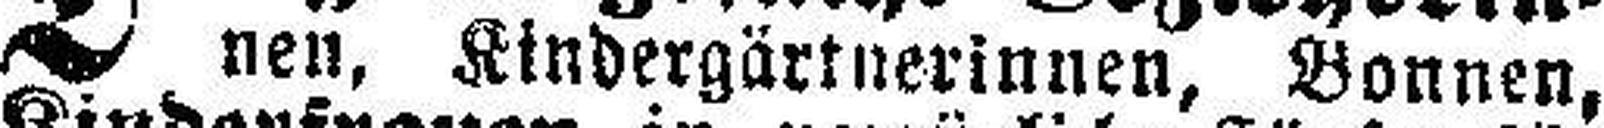
nen, Kindergärtnerinnen, Bonnen,